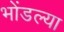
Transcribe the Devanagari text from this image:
भोंडल्या